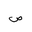
Letter: _sad